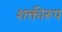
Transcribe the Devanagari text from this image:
शक्तीरूप